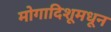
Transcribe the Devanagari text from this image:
मोगादिशूमधून